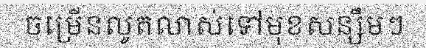
ចម្រើនលូតលាស់ទៅមុខសន្សឹមៗ